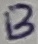
Text: B